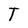
Character: T